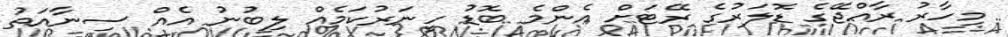
މިހާރު ރާއްޖޭގެ ޑޮލަރުގެ ރޭޓަށް އެންމެ ބޮޑު ހީނަރުކަމެއް ލިބުނު އެެއް ސިނާއަތު